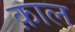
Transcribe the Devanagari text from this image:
क़ाल